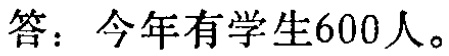
答：今年有学生600人。